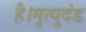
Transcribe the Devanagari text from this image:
है।मृत्युदंड